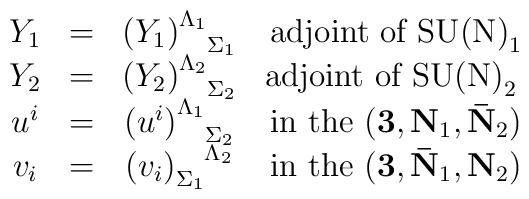
\begin{array}{cccc}    Y_1 & = & \left(Y_1\right)^{\Lambda_1}_{\phantom{\Lambda_1}\Sigma_1 } &    \mbox{adjoint of $\mathrm{SU(N)}_1$} \\   Y_2 & = & \left(Y_2\right)^{\Lambda_2}_{\phantom{\Lambda_2}\Sigma_2}  &    \mbox{adjoint of $\mathrm{SU(N)}_2$ }\\     u^i & = & \left(u^i\right)^{\Lambda_1}_{\phantom{\Lambda_1}\Sigma_2 } &    \mbox{in the $({\bf 3},{\bf N}_1,{\bf \bar N}_2)$} \\    v_i & = & \left(v_i\right)^{\phantom{\Sigma_1}\Lambda_2}_{\Sigma_1}  &    \mbox{in the $({\bf 3},{\bf \bar N}_1,{\bf N}_2)$} \\  \end{array}